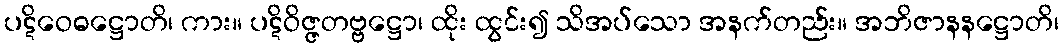
ပဋိဝေဓဋ္ဌောတိ၊ ကား။ ပဋိဝိဇ္ဇတဗ္ဗဋ္ဌော၊ ထိုး ထွင်း၍ သိအပ်သော အနက်တည်း။ အဘိဇာနနဋ္ဌောတိ၊